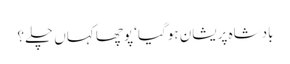
بادشاہ پریشان ہوگیا‘ پوچھا کہاں چلے؟